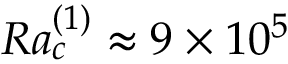
R a _ { c } ^ { ( 1 ) } \approx 9 \times 1 0 ^ { 5 }